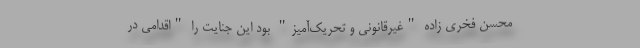
محسن فخری زاده "غیرقانونی و تحریک‌آمیز" بود این جنایت را "اقدامی در